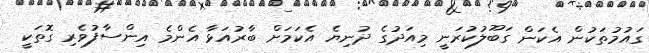
ގައުމުތަކުން އެކަން ގަބޫލުކުރަނީ މިއަދުގެ ދުނިޔެ އެކަމަށް ބާރުއަޅާ އެންމެ އިންސާފުވެރި ގޮތަކީ